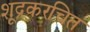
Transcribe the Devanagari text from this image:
शूद्रकरचित